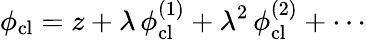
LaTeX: \phi_{\mathrm{cl}}=z+\lambda\, \phi_{\mathrm{cl}}^{(1)}+\lambda^{2}\, \phi_{\mathrm{cl}}^{(2)}+\cdots